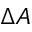
\Delta A